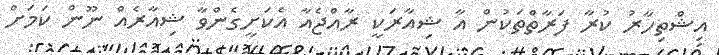
އިޝްތިހާރު ކުރާ ފަރާތްތަކުން އާ ޝިއާރަކީ ރާއްޖެއާ އެކަށީގެންވާ ޝިއާރެއް ނޫން ކަމަށް